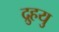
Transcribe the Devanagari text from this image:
द्रुुहयु